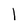
Character: l